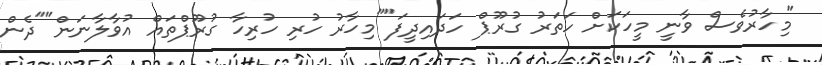
"މިހާރުވެސް ވާނީ މީހަކަށް ހަތަރު ގުރޫޕް ހަދައިދީފަ""މިހާރު ހުރި ހުރިހާ ގުރޫޕްތައް އުވާލާނަން""ދެން